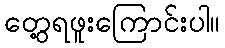
တွေ့ရဖူးကြောင်းပါ။